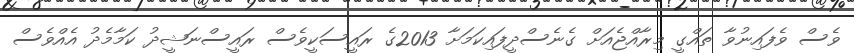
ވެސް ވެފައިނުވާ ތައްގީ މިރާއްޖެއަށް ގެނެސްދީފައިކަމަށާ 2013ގެ ރައީސަކީވެސް ރައީސްނަޝީދު ކަމާމެދު އެއްވެސް